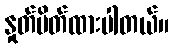
နှုတ်ပိတ်ထားပါတယ်။